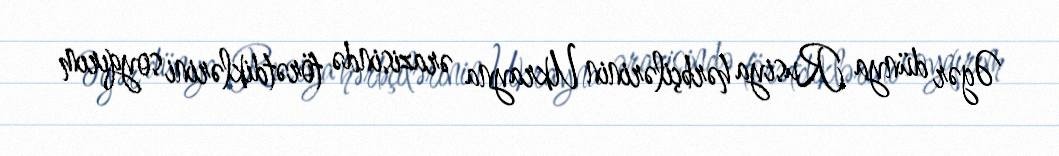
Əgər dünya Rusiya hərbçilərinin Ukrayna ərazisində törətdiklərini soyqırım